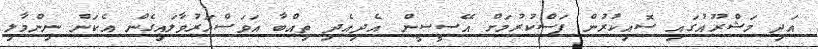
އަދި މަޝްރޫއުގައި ސޮއިކުރުން ފަސްކުރުމަށް އޭސީސީން އެދިއެދި ތިއްބާ އަވަސްއަރުވާލައިގެން އެކަން ނިންމާލި